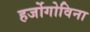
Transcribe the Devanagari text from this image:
हर्जोगोविना